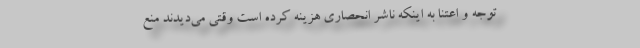
توجه و اعتنا به اینکه ناشر انحصاری هزینه کرده است وقتی می‌دیدند منع